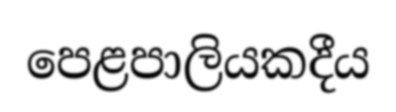
පෙළපාලියකදීය